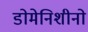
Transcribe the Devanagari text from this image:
डोमेनिशीनो